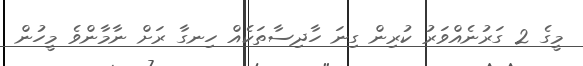
މީގެ 2 ގަރުނެއްވަރު ކުރިން ގިނަ ހާދިސާތަކެއް ހިނގާ ރަށް ނާމާންވެ މީހުން